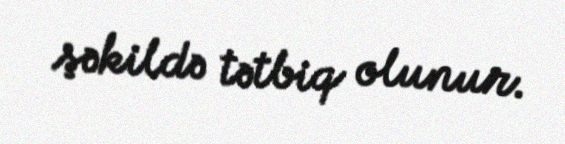
şəkildə tətbiq olunur.